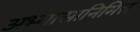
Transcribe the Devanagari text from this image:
अभ्यासानिमित्त